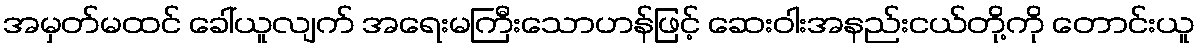
အမှတ်မထင် ခေါ်ယူလျက် အရေးမကြီးသောဟန်ဖြင့် ဆေးဝါးအနည်းငယ်တို့ကို တောင်းယူ